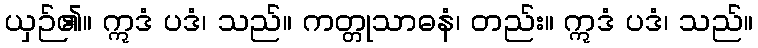
ယှဉ်၏။ ဣဒံ ပဒံ၊ သည်။ ကတ္တုသာဓနံ၊ တည်း။ ဣဒံ ပဒံ၊ သည်။